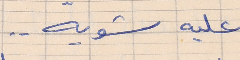
عليه شويه . .